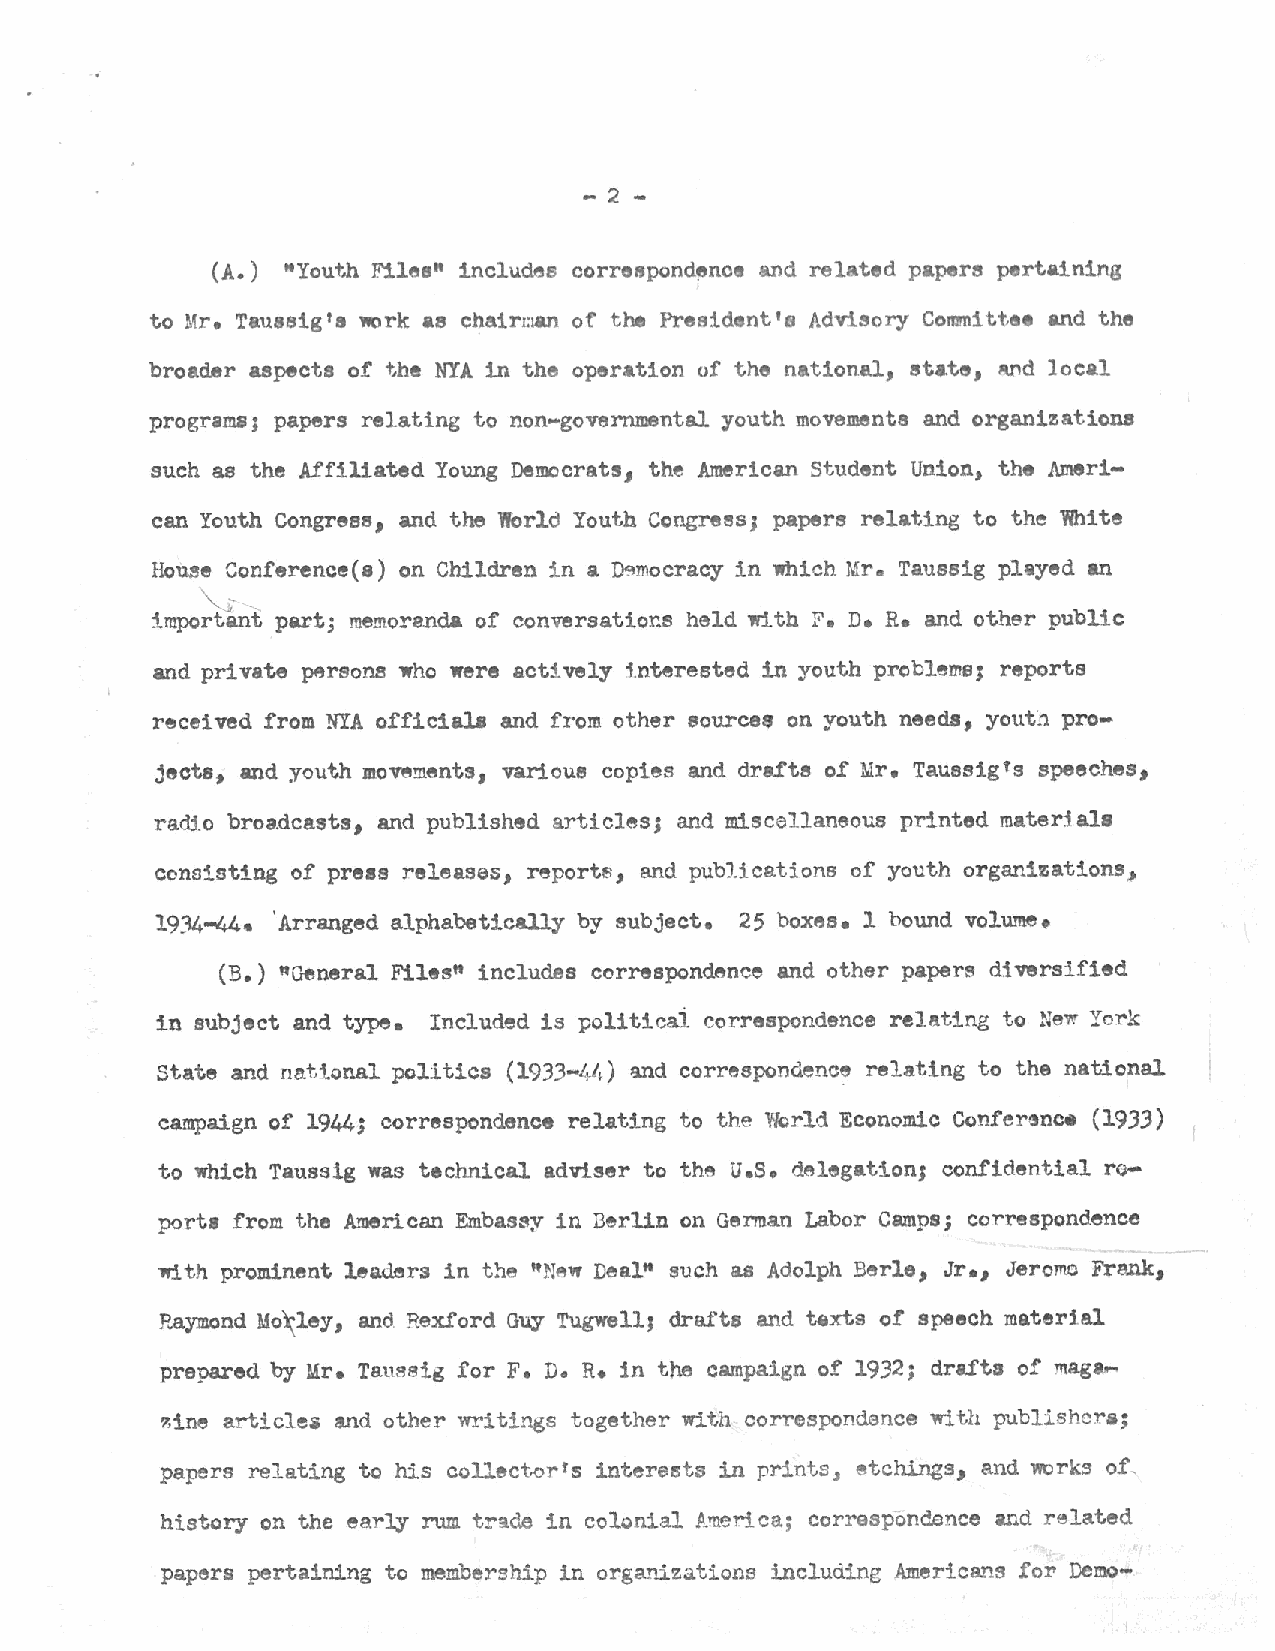
- 2 -
 (A.) "Yout~ Files" includes corre~pondenoe and related papers pertaining
 to Mr. Taussig's 1110rk as chairi:l&ll of the President's Adviso:ry Cormnitt,ee and the
 broader aepects of the NYA in the operation of the national, state, Md local
 program&; papers relating to non-governmental youth movements and organizations
 such as the Affiliated Young Democrats, the American Student Union, the Ameri-
 can Youth Congress and the World Youth Ccngrees; papers relating to the White
 1
 Hou:!e Conference( a) on Children in a ~mocracy in which Mr. Taussig plliyed an
 "-.; -
 important part; memoranda of conversations held with F. D. R. and other public
 and private p49rsons who were actively 1.nterested in youth problems; reports
 received from NYA official.B and from other sources on youth needs, yout~'l pro-
 jects, and youth movements, various copies and drafts of Mr. Taussig's speeches,
 ractl.o broa.dcasts, and published articles; and miscellaneous printed materials
 consisting of press releases, reports, and publications of youth organizations,
 19.34~. 'Arranged alphabetic&l.ly by subject. 25 boxes. 1 bound volu.?fte•
 (B.) "General Files" includes correspondence and other papers diversified
 in subject and type. Included is politicai correspondence relating to ~:ew York
 State and national politics (1933-~~) ~d correspondenc~ relating to the national
 campaign of 1944; correspondence relating to the WQrld Economic Cunfer~nc. (1933)
 u.s.
 to which Taussig was technical adviser to th~ d~legation; confidential ro-
 porta from the American Embassy in Derlln on German Labor Camps; correspondence
 1'fi th prominent leaders in the "N~lf Deal" such as Adolph Berle, Jr., Jerome Frank,
 Raymond Mo~ley and Rexford Guy TugwellJ drafts and texts of speech materj al
 1
 prepared by Mr. Taussig for F. D. R. in the campaign of 1932; drafts of mag•,...
 7.1ne article• and other writings together with correspondence with publishcra;
 papers relating to his collect.orfs interests in prints, etch.ings, and works of,
 history on the early rum tr~de in colonial America; correspondence and related
 papers pertaining to membership in org~~zations includine Americans for Demo-